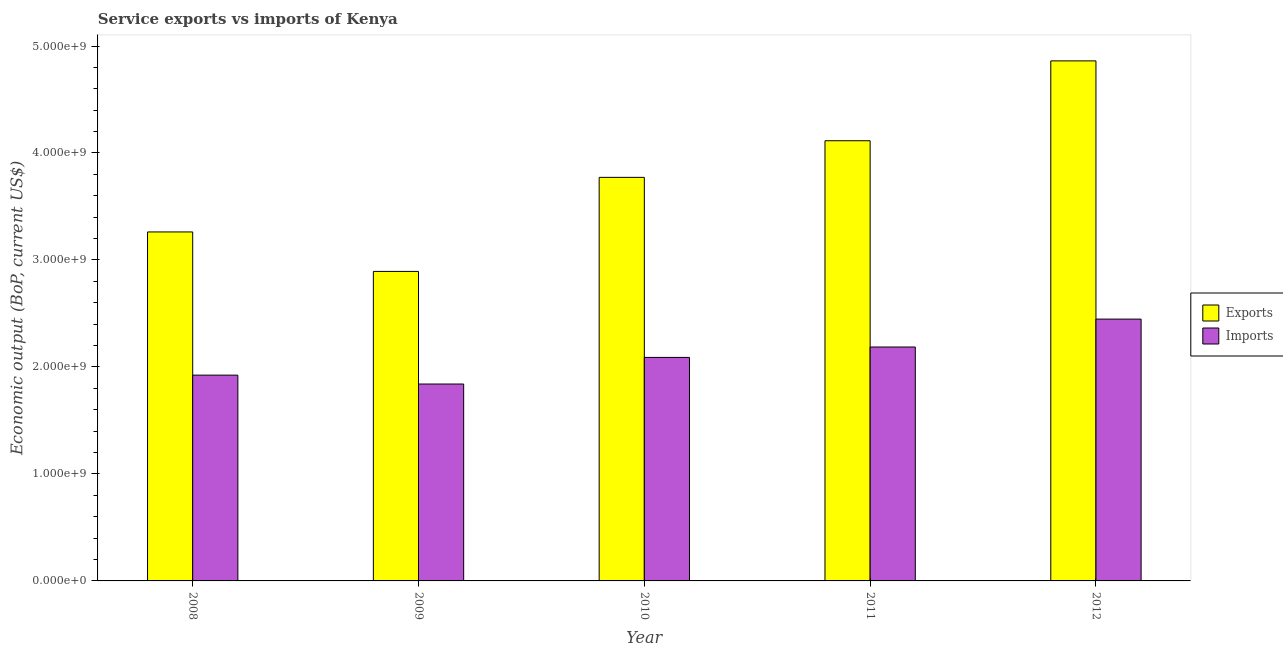
| Year | Exports | Imports |
 | --- | --- | --- |
 | 2008 | 3.26e+09 | 1.92e+09 |
 | 2009 | 2.89e+09 | 1.84e+09 |
 | 2010 | 3.77e+09 | 2.09e+09 |
 | 2011 | 4.11e+09 | 2.19e+09 |
 | 2012 | 4.86e+09 | 2.45e+09 |